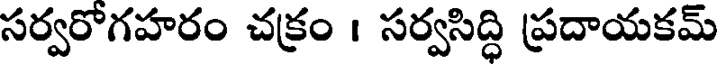
సర్వరోగహరం చక్రం । సర్వసిద్ధి ప్రదాయకమ్